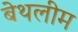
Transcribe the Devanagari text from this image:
बेथलीम